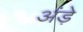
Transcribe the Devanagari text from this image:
अंड़े